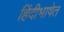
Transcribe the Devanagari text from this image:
हिंदीभाषेत